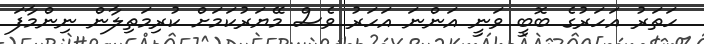
ހަތަރު އަހަރުގެ ބޮބީ ވަނީ އަންނަ އަހަރު ވެސް މޭޔަރުކަމަށް ކުރިމަތިލާން ނިންމާފަ